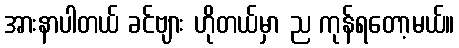
အားနာပါတယ် ခင်ဗျား ဟိုတယ်မှာ ည ကုန်ရတော့မယ်။